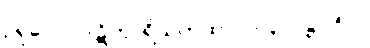
ဥရုဝေလပါဋိဟာရိယကထာ၊ ပါ-၃၁၊ ဋ္ဌ-၂၅၂။